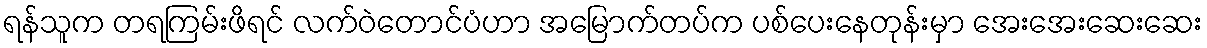
ရန်သူက တရကြမ်းဖိရင် လက်ဝဲတောင်ပံဟာ အမြောက်တပ်က ပစ်ပေးနေတုန်းမှာ အေးအေးဆေးဆေး